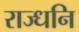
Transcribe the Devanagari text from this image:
राज्धनि